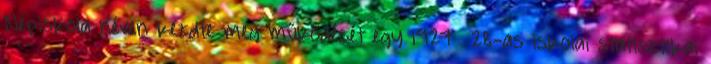
Népiskola néven kezdte meg működését egy 1927 28-as iskolai statisztikai